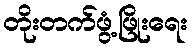
တိုးတက်ဖွံ့ဖြိုးရေး